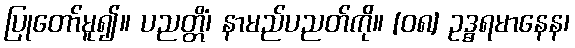
ပြုတော်မူ၍။ ပညတ္တိံ၊ နာမည်ပညတ်ကို။ [၀၈] ဥဒ္ဓရမာနေန၊